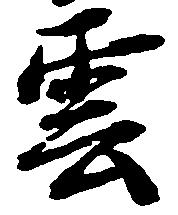
雲